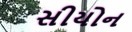
સીયોન